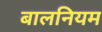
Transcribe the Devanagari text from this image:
बालनियम